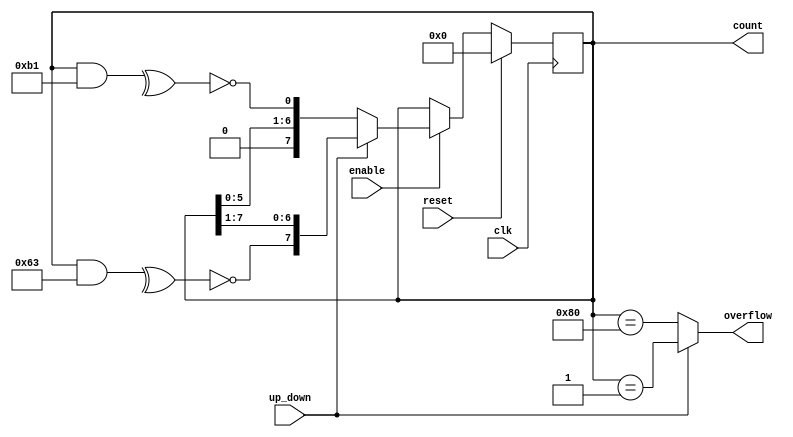
`default_nettype none
module lfsr_updown (
clk       ,   // Clock input
reset     ,   // Reset input
enable    ,   // Enable input
up_down   ,   // Up Down input
count     ,   // Count output
overflow      // Overflow output
);

 input clk;
 input reset;
 input enable; 
 input up_down;

 output [7 : 0] count;
 output overflow;

 reg [7 : 0] count;

 assign overflow = (up_down) ? (count == {{7{1'b0}}, 1'b1}) : 
                               (count == {1'b1, {7{1'b0}}}) ;

 always @(posedge clk)
 if (reset) 
    count <= {7{1'b0}};
 else if (enable) begin
    if (up_down) begin
      count <= {~(^(count & 8'b01100011)),count[7:1]};
    end else begin
      count <= {count[5:0],~(^(count &  8'b10110001))};
    end
 end

endmodule